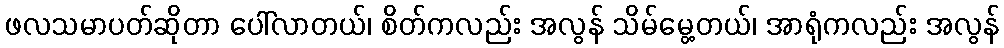
ဖလသမာပတ်ဆိုတာ ပေါ်လာတယ်၊ စိတ်ကလည်း အလွန် သိမ်မွေ့တယ်၊ အာရုံကလည်း အလွန်